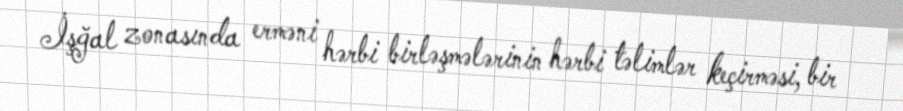
İşğal zonasında erməni hərbi birləşmələrinin hərbi təlimlər keçirməsi, bir